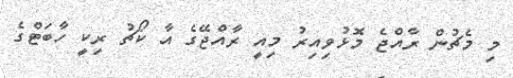
މި މެޗުން ރާއްޖެ މޮޅުވިއިރު މިއީ ރާއްޖޭގެ އާ ކޯޗު ރިކީ ހާބަޓްގެ